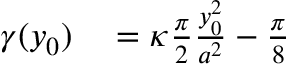
\begin{array} { r l } { \gamma ( y _ { 0 } ) } & { { } = \kappa \frac { \pi } { 2 } \frac { y _ { 0 } ^ { 2 } } { a ^ { 2 } } - \frac { \pi } { 8 } } \end{array}